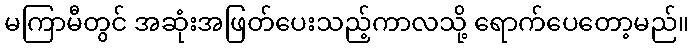
မကြာမီတွင် အဆုံးအဖြတ်ပေးသည့်ကာလသို့ ရောက်ပေတော့မည်။